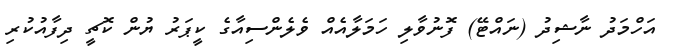
އަހްމަދު ނާޝިދު (ނައްޓޭ) ފޮނުވާލި ހަމަލާއެއް ވެލެންސިއާގެ ކީޕަރު ޔުން ކޮޗީ ދިފާއުކުރި